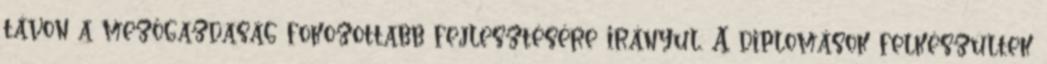
távon a mezőgazdaság fokozottabb fejlesztésére irányul. A diplomások felkészültek